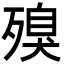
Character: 殠